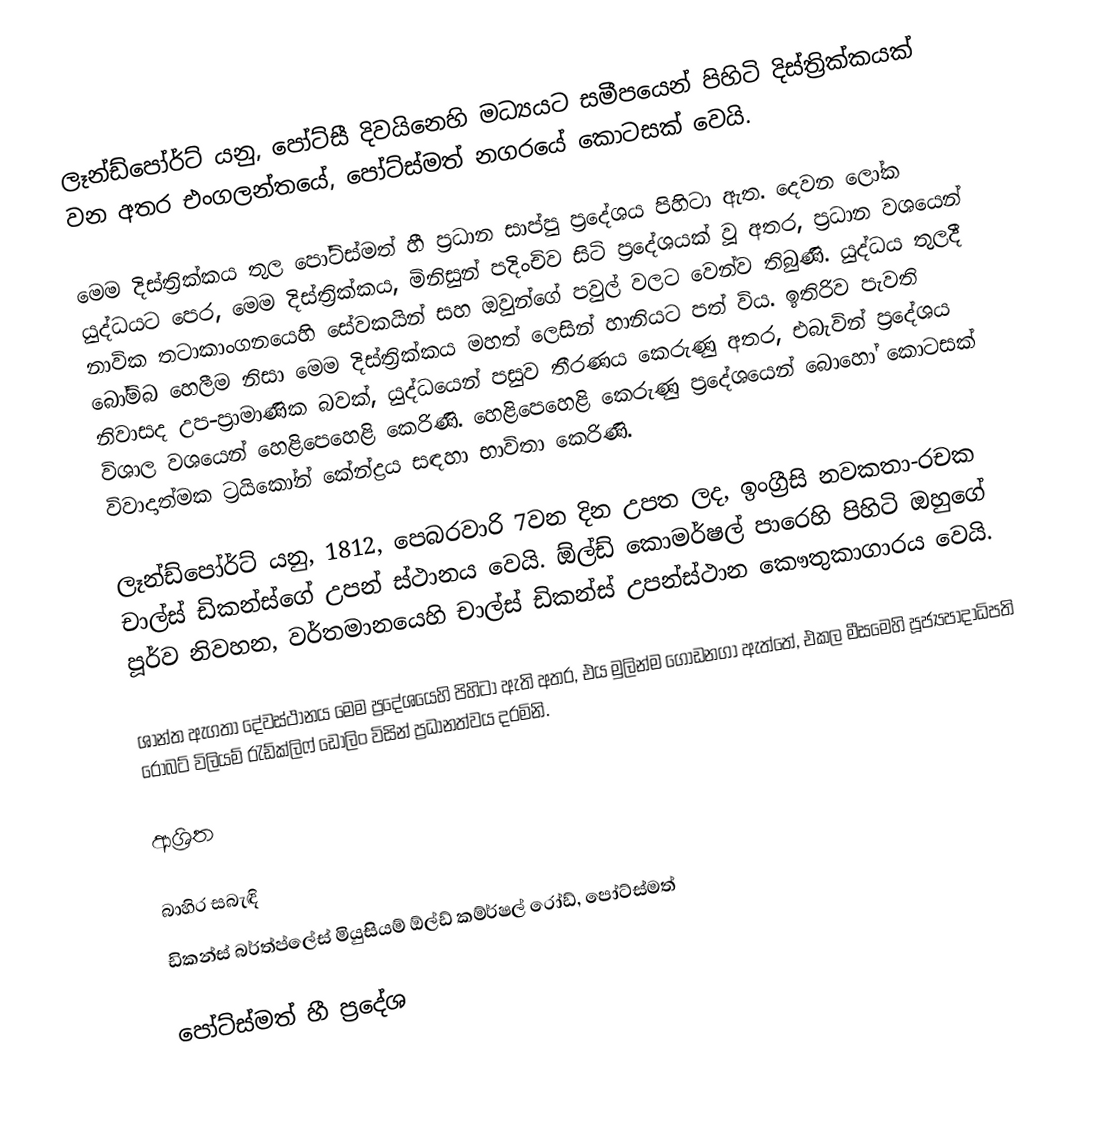
ලෑන්ඩ්පෝර්ට් යනු,  පෝට්සී දිවයිනෙහි මධ්‍යයට සමීපයෙන් පිහිටි දිස්ත්‍රික්කයක් වන අතර එංගලන්තයේ,  පෝට්ස්මත් නගරයේ කොටසක් වෙයි.

මෙම දිස්ත්‍රික්කය තුල පෝට්ස්මත් හී ප්‍රධාන සාප්පු ප්‍රදේශය පිහිටා ඇත. දෙවන ලෝක යුද්ධයට පෙර, මෙම දිස්ත්‍රික්කය, මිනිසුන් පදිංචිව සිටි ප්‍රදේශයක් වූ අතර, ප්‍රධාන වශයෙන්  නාවික තටාකාංගනයෙහි සේවකයින් සහ ඔවුන්ගේ පවුල් වලට වෙන්ව තිබුණි. යුද්ධය තුලදී බෝම්බ හෙලීම නිසා මෙම දිස්ත්‍රික්කය මහත් ලෙසින් හානියට පත් විය.  ඉතිරිව පැවති නිවාසද උප-ප්‍රාමාණික බවක්,  යුද්ධයෙන් පසුව තීරණය කෙරුණු අතර,  එබැවින් ප්‍රදේශය විශාල වශයෙන් හෙළිපෙහෙළි කෙරිණි. හෙළිපෙහෙළි කෙරුණු ප්‍රදේශයෙන් බොහෝ කොටසක් විවාදාත්මක ට්‍රයිකෝන් කේන්ද්‍රය සඳහා භාවිතා කෙරිණි.

ලෑන්ඩ්පෝර්ට්  යනු, 1812, පෙබරවාරි 7වන දින උපත ලද, ඉංග්‍රීසි නවකතා-රචක චාල්ස් ඩිකන්ස්ගේ උපන් ස්ථානය වෙයි. ඕල්ඩ් කොමර්ෂල් පාරෙහි පිහිටි ඔහුගේ පූර්ව නිවහන, වර්තමානයෙහි චාල්ස් ඩිකන්ස් උපන්ස්ථාන කෞතුකාගාරය වෙයි.

 ශාන්ත ඇගතා දේවස්ථානය මෙම ප්‍රදේශයෙහි පිහිටා ඇති අතර, එය මුලින්ම ගොඩනගා ඇත්තේ, එකල මීසමෙහි පූජ්‍යපාදාධිපති රොබට් විලියම් රැඩ්ක්ලිෆ් ඩොලිං විසින් ප්‍රධානත්වය දරමිනි.

ආශ්‍රිත

බාහිර සබැඳි
 ඩිකන්ස් බර්ත්ප්ලේස් මියුසියම් ඕල්ඩ් කම්ර්ෂල් රෝඩ්, පෝට්ස්මත්

 පෝට්ස්මත් හී ප්‍රදේශ